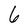
Character: 6